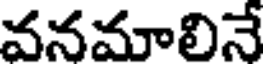
వనమాలినే